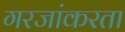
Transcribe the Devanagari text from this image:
गरजांकरता